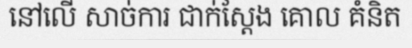
នៅលើ សាច់ការ ជាក់ស្តែង គោល គំនិត